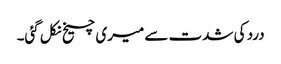
درد کی شدت سے میری چیخ نکل گئی۔